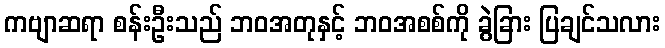
ကဗျာဆရာ စန်းဦးသည် ဘဝအတုနှင့် ဘဝအစစ်ကို ခွဲခြား ပြချင်သလား